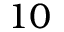
1 0